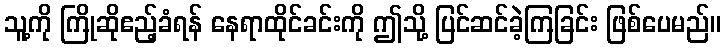
သူ့ကို ကြိုဆိုဧည့်ခံရန် နေရာထိုင်ခင်းကို ဤသို့ ပြင်ဆင်ခဲ့ကြခြင်း ဖြစ်ပေမည်။